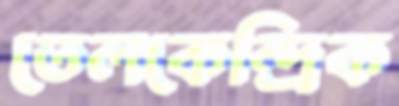
তেলকেন্দ্রিক